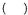
（）